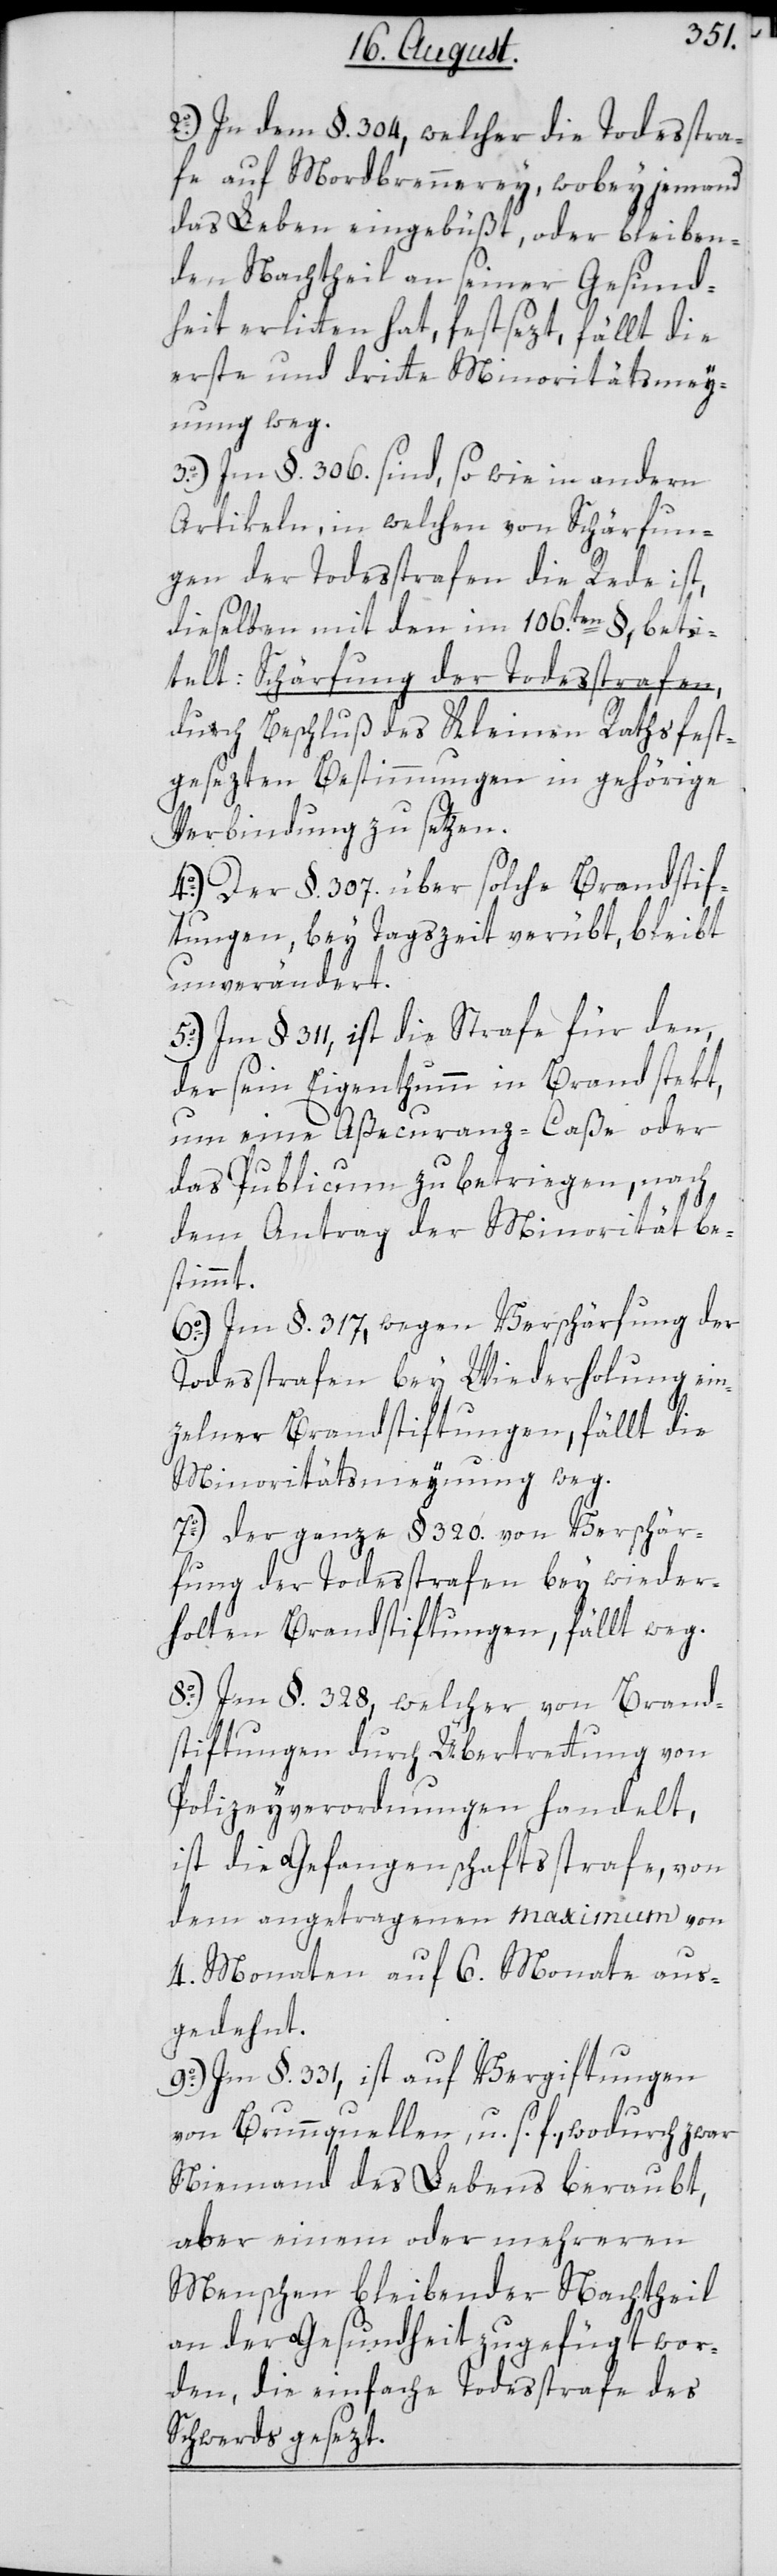
2o.) In dem §. 304, welcher die Todesstra¬
fe auf Mordbrennerey, wobey jemand
das Leben eingebüßt, oder bleiben¬
den Nachtheil an seiner Gesund¬
heit erlitten hat, festsezt, fällt die
erste und dritte Minoritätsmey¬
nung weg.
3o.) Im §. 306. sind, so wie in andern
Artikeln, in welchen von Schärfun¬
gen der Todesstrafe die Rede ist,
dieselben mit den im 106.ten §, beti¬
telt: Schärfung der Todesstrafen,
durch Beschluß des Kleinen Raths fest¬
gesezten Bestimmungen in gehörige
Verbindung zu setzen.
4o.) Der §. 307. über solche Brandstif¬
tungen, bey Tagszeit verübt, bleibt
unverändert.
5o.) Im § 311, ist die Strafe für den,
der sein Eigenthumm in Brand stekt,
um eine Aßecuranz-Caße oder
das Publicum zu betriegen, nach
dem Antrag der Minorität be¬
stimmt.
6o.) Im §. 317, wegen Verschärfung der
Todesstrafen bey Wiederholung ein¬
zelner Brandstiftungen, fällt die
Minoritätsmeynung weg.
7o.) Der ganze § 320. von Verschär¬
fung der Todesstrafen bey wieder¬
holten Brandstiftungen, fällt weg.
8o.) Im §. 328, welcher von Brand¬
stiftungen durch Übertrettung von
Polizeyverordnungen handelt,
ist die Gefangenschaftsstrafe, von
dem angetragenen maximum von
4. Monaten auf 6. Monate aus¬
gedehnt.
9o.) Im §. 331, ist auf Vergiftungen
von Brunnquellen, u. s. f., wodurch zwar
Niemand des Lebens beraubt,
aber einem oder mehreren
Menschen bleibender Nachtheil
an der Gesundheit zugefügt wor¬
den, die einfache Todesstrafe des
Schwerds gesezt.